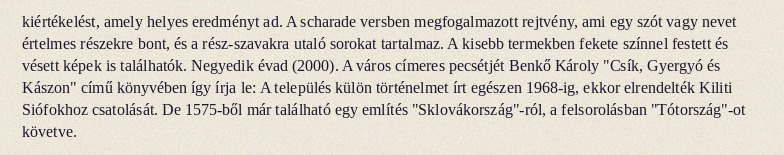
kiértékelést, amely helyes eredményt ad. A scharade versben megfogalmazott rejtvény, ami egy szót vagy nevet értelmes részekre bont, és a rész-szavakra utaló sorokat tartalmaz. A kisebb termekben fekete színnel festett és vésett képek is találhatók. Negyedik évad (2000). A város címeres pecsétjét Benkő Károly "Csík, Gyergyó és Kászon" című könyvében így írja le: A település külön történelmet írt egészen 1968-ig, ekkor elrendelték Kiliti Siófokhoz csatolását. De 1575-ből már található egy említés "Sklovákország"-ról, a felsorolásban "Tótország"-ot követve.